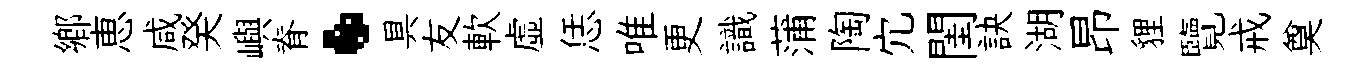
郷恵咸癸嶼脊·具友軟虚恁唯更識蒲陶宂閨訣湖昂貍覽戒奠